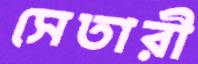
সেতারী